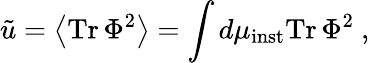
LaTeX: \tilde{u}=\left<\mathrm{Tr}\, \Phi^{2}\right>=\int d\mu_{\mathrm{inst}}\mathrm{Tr}\, \Phi^{2}\ ,